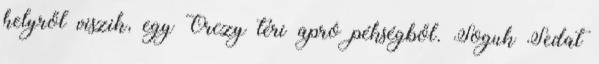
helyről viszik, egy Orczy téri apró pékségből. Soguk Sedat